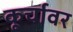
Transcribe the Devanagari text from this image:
कूर्चावर